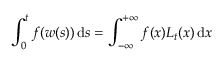
\int _ { 0 } ^ { t } f ( w ( s ) ) \, \mathrm { d } s = \int _ { - \infty } ^ { + \infty } f ( x ) L _ { t } ( x ) \, \mathrm { d } x